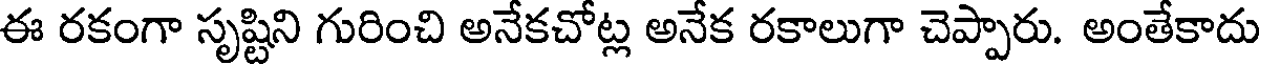
ఈ రకంగా సృష్టిని గురించి అనేకచోట్ల అనేక రకాలుగా చెప్పారు. అంతేకాదు